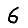
Digit: 6